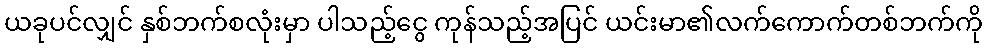
ယခုပင်လျှင် နှစ်ဘက်စလုံးမှာ ပါသည့်ငွေ ကုန်သည့်အပြင် ယင်းမာ၏လက်ကောက်တစ်ဘက်ကို